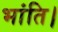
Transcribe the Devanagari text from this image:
भांति।